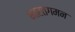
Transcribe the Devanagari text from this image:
भारतगमन